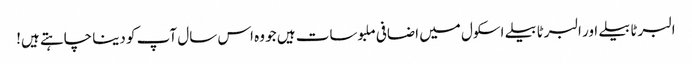
البرٹا بیلے اور البرٹا بیلے اسکول میں اضافی ملبوسات ہیں جو وہ اس سال آپ کو دینا چاہتے ہیں!